Epidemic dropsy in Calcutta - Number 49
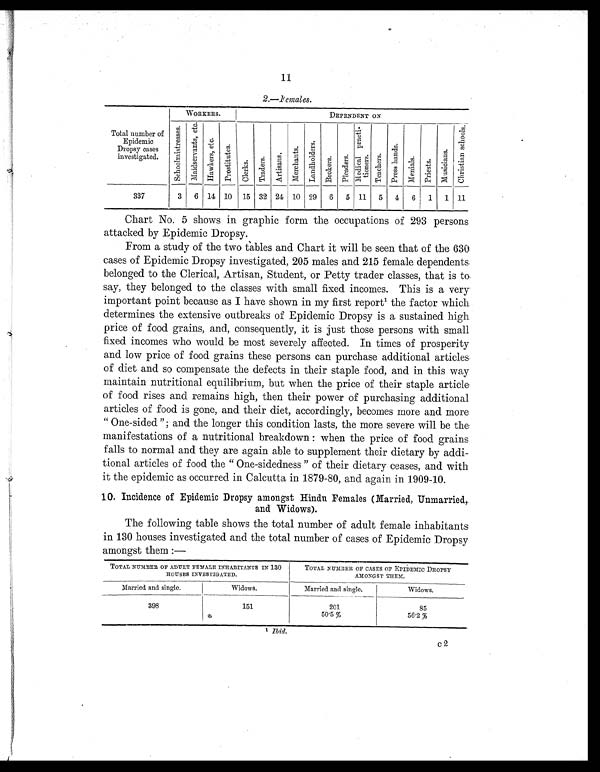
11
2.—Females.
Total number o
f
Epidemic
Dropsy cases
investigated.
WORKERS.
DEPENDENT ON
S c h o o l m i s t r e s s e s .
M a i d s e r v a n t s , e t c .
H a w k e r s e t c .
P r o s t i t u t e s .
C l e r k s .
T r a d e r s .
A r t i s a n s .
M e r c h a n t s .
L a n d h o l d e r s .
B r o k e r s .
P l e a d e r s .
Medi cal pract i -
tioners.
T e a c h e r s .
P r e s s h a n d s .
M e n i a l s .
P r i e s t s .
M u s i c i a n s .
C h r i s t i a n s c h o o l s .
337
3
6
14
10
15
32 24
10
29
6
5 11
5
4
6
1
1 11
Chart No. 5 shows in graphic form the occupations of 293 persons
attacked by Epidemic Dropsy.
From a study of the two tables and Chart it will be seen that of the 630
cases of Epidemic Dropsy investigated, 205 males and 215 female dependents
belonged to the Clerical, Artisan, Student, or Petty trader classes, that is to
say, they belonged to the classes with small fixed incomes. This is a very
important point because as I have shown in my first report¹ the factor which
determines the extensive outbreaks of Epidemic Dropsy is a sustained high
price of food grains, and, consequently, it is just those persons with small
fixed incomes who would be most severely affected. In times of prosperity
and low price of food grains these persons can purchase additional articles
of diet and so compensate the defects in their staple food, and in this way
maintain nutritional equilibrium, but when the price of their staple article
of food rises and remains high, then their power of purchasing additional
articles of food is gone, and their diet, accordingly, becomes more and more
" One-sided "; and the longer this condition lasts, the more severe will be the
manifestations of a nutritional breakdown : when the price of food grains
falls to normal and they are again able to supplement their dietary by addi-
tional articles of food the " One-sidedness " of their dietary ceases, and with
it the epidemic as occurred in Calcutta in 1879-80, and again in 1909-10.
10. Incidence of Epidemic Dropsy amongst Hindu Females (Married, Unmarried,.
and Widows).
The following table shows the total number of adult female inhabitants
in 130 houses investigated and the total number of cases of Epidemic Dropsy
amongst them :—
TOTAL NUMBER OF ADULT FEMALE INHABITANTS IN 130
HOUSES INVESTIGATED.
TOTAL NUMBER OF CASES OF EPIDEMIC DROPSY
AMONGST THEM.
Married and single.
Widows.
Married and single.
Widows.
398
151
201
85
50.5%
5 6 . 2 %
I b i d .
c2